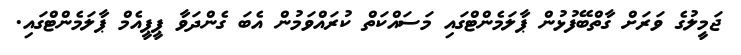
ޖަމީލުގެ ވަރަށް ގާތްބޭފުޅުން ޕާލަމެންޓްގައި މަސައްކަތް ކުރައްވަމުން އެބަ ގެންދަވާ ޕީޕީއެމް ޕާލަމެންޓްގައި.